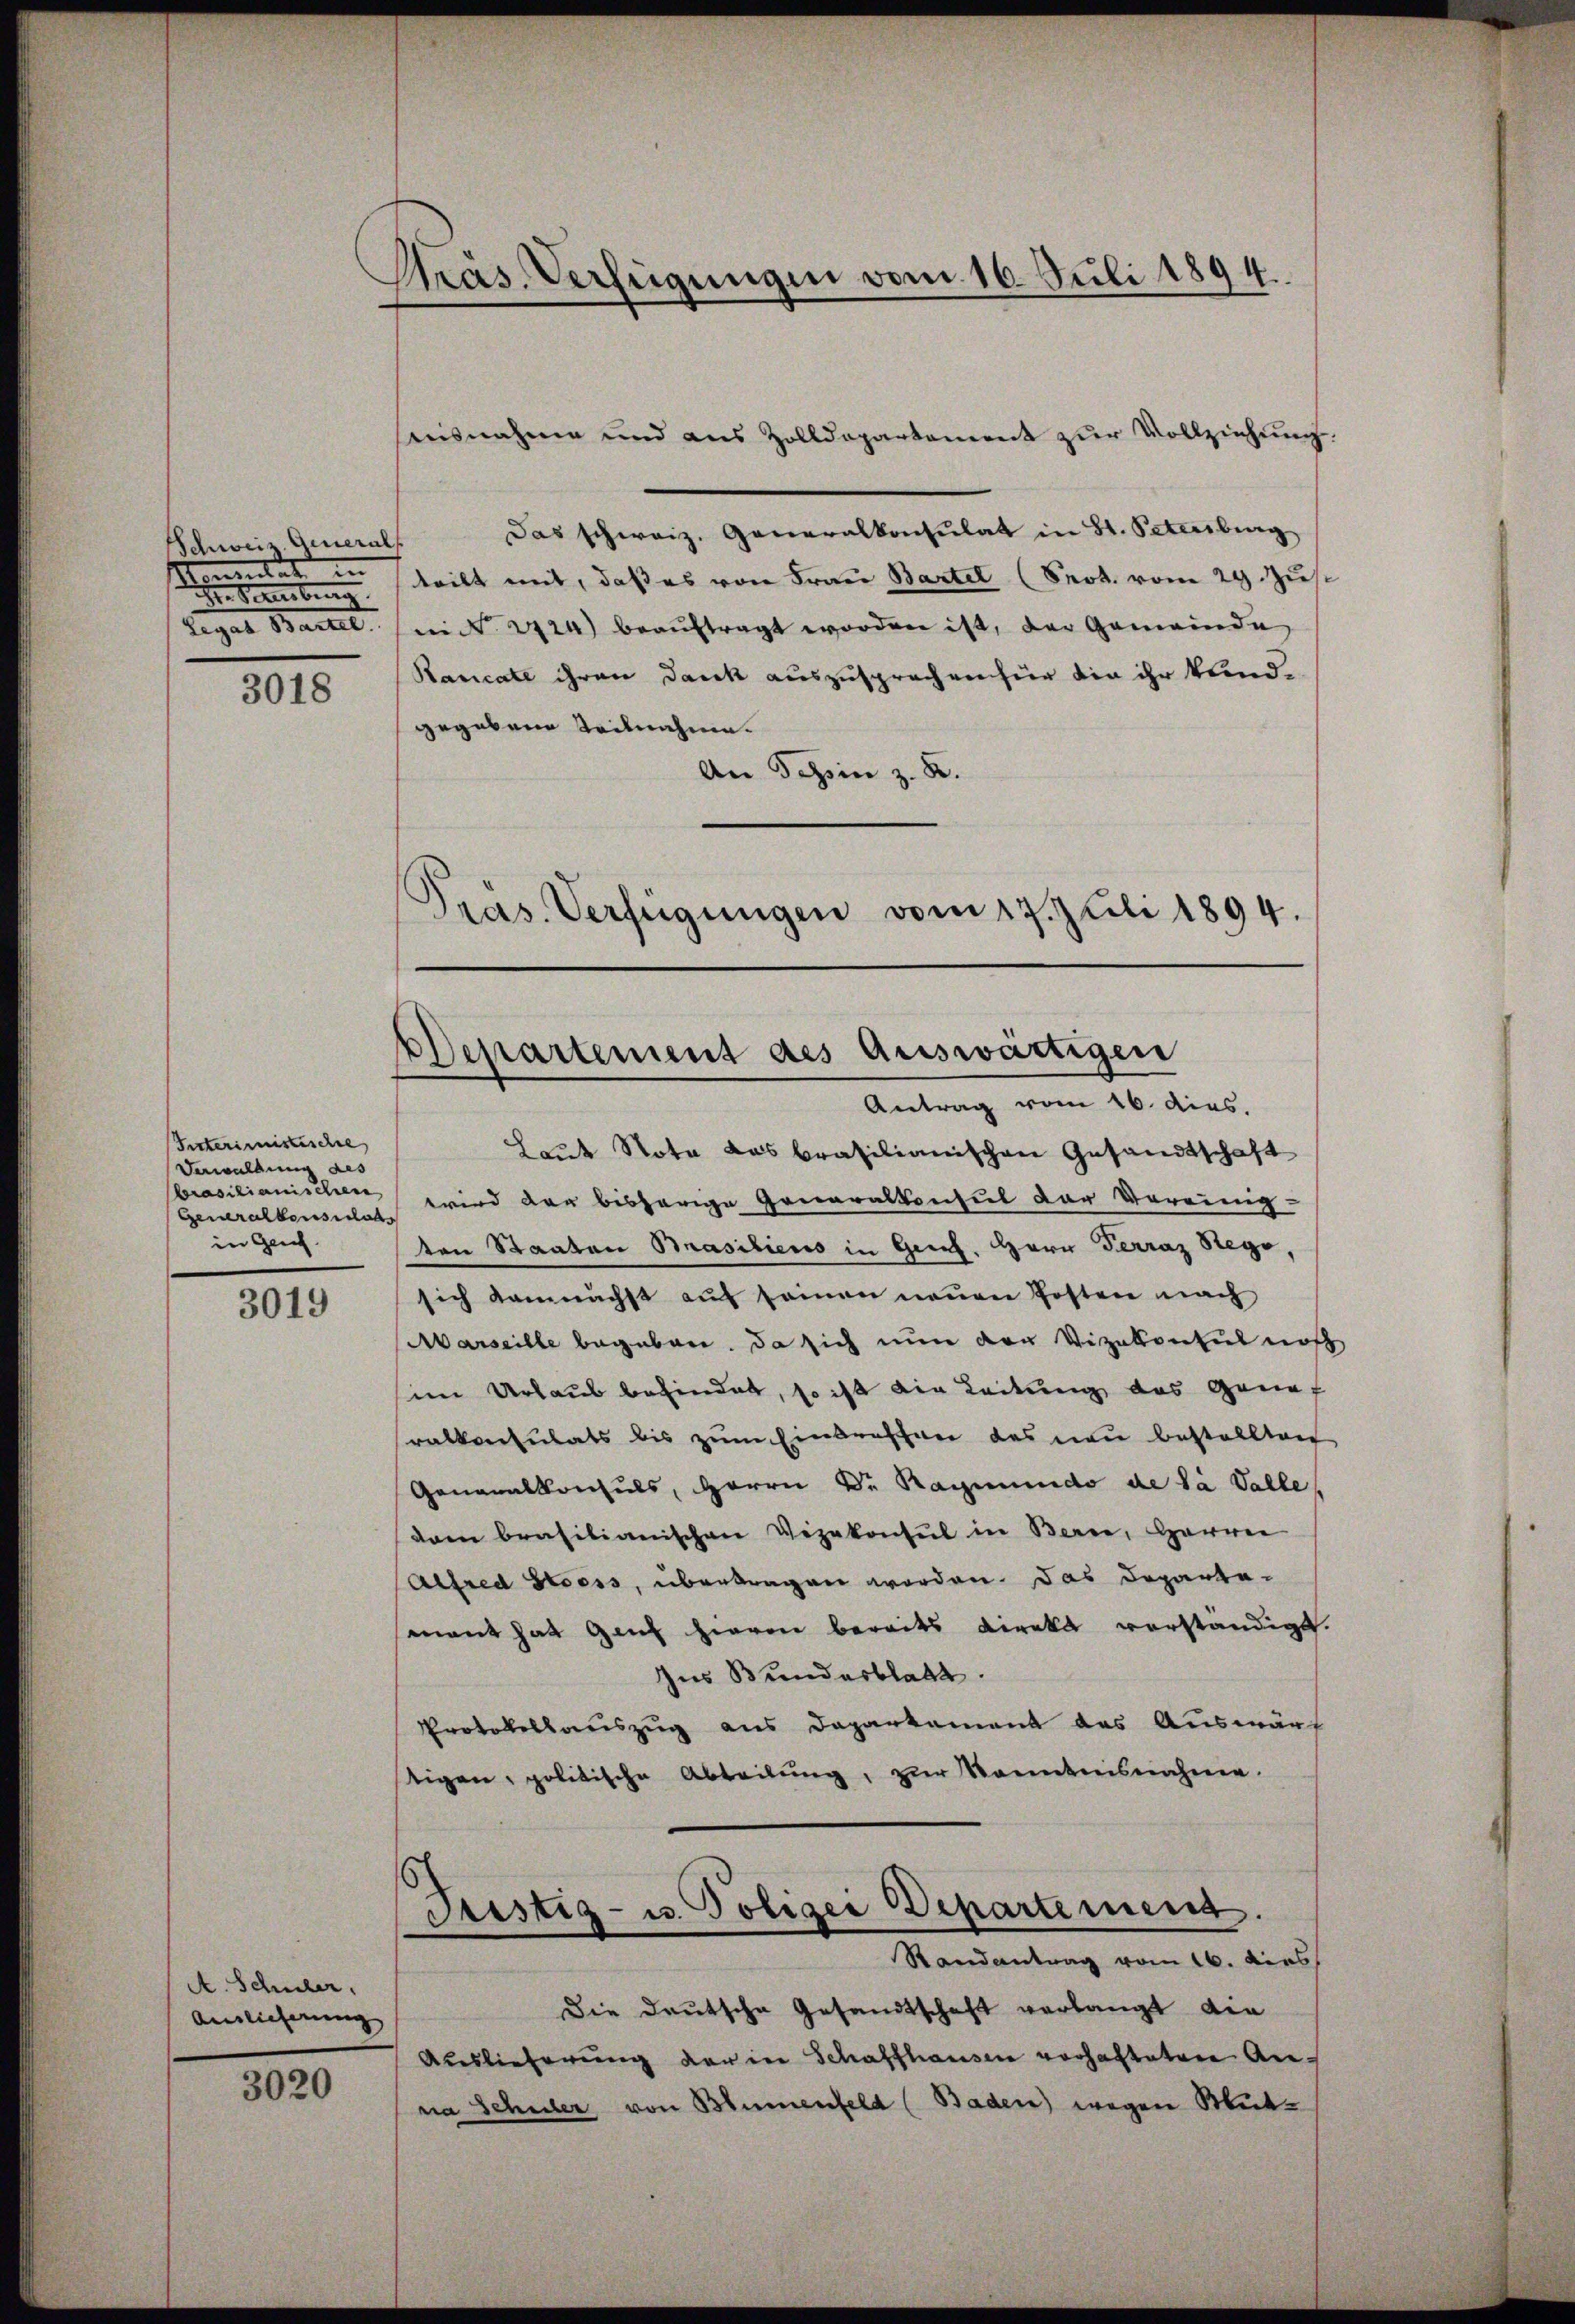
Schweiz. Generals
11
een sei einen eing

3018

Interimistische
Verwaldung des
Generalkonsulats
in Geis

3019

A. Schuler,
Auslieferung

300

Pras. Verfügungen vom 16. Juli 1894.

srisnahme und aus Zolldepartement zŭr Vollziehŭng.
Das schweiz. Generalkonsulat in St. Petersburg
teilt mit, daß es von Frau Bartel (Prot. vom 29. Zus
Legat Bartel in No. 2424) beauftragt worden ist, der Gemeinde
Ranicate ihren Danck auszusprochen für die ihr kundgegebene Teilnahme.
An Schin z. B.
Laut Note das brasilianischen Gesandtschaft
brasilianischen wird der bisherige Generalkonsul der Vereinig
den Staaten Basiliens in Gech. Herr Ferraz Stege,
sich demnächst auf seinen neuen Posten nach
Marseille begeben, da sich nun der Vizekonsul noch
sim Urlaub befindet, so ist die Leitung des Genef
ralkonsulats bis zum Eindraschen des neu bestellten
Generalkonsuls, Herrn Dr. Ragmundo de la Valle,
dam brasilianischen Vizekonsul in Bern, Herrn
Alfred Stooss, übertragen worden. Das Departemant hat auch hievon bereits Direkt vorständigt.
Ins Bundesblatt.
Protokollauszug aus Daparkament des Auswärf
tigen, politische Abteilung, zur Kenntnisnahme.
6
Justiz- u. Polizei Departemend.
Randantrag vom 16. dies
Die Deutsche Gesandtschaft verlangt die
Auslieferung der in Schaffhausen vorhafteten Anna Schuler von Blumenfeld (Baden) wegen Mut¬

Pras. Verfügungen vom 17. Juli 1894.
Departement des Auswärtigen
Antrag vom 16. dies.